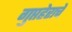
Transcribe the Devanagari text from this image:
गुप्तहेराचे